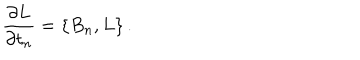
LaTeX: { \frac { \partial L } { \partial t _ { n } } } = \{ B _ { n } , L \} \, .